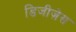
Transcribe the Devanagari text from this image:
डिजीज़ेस